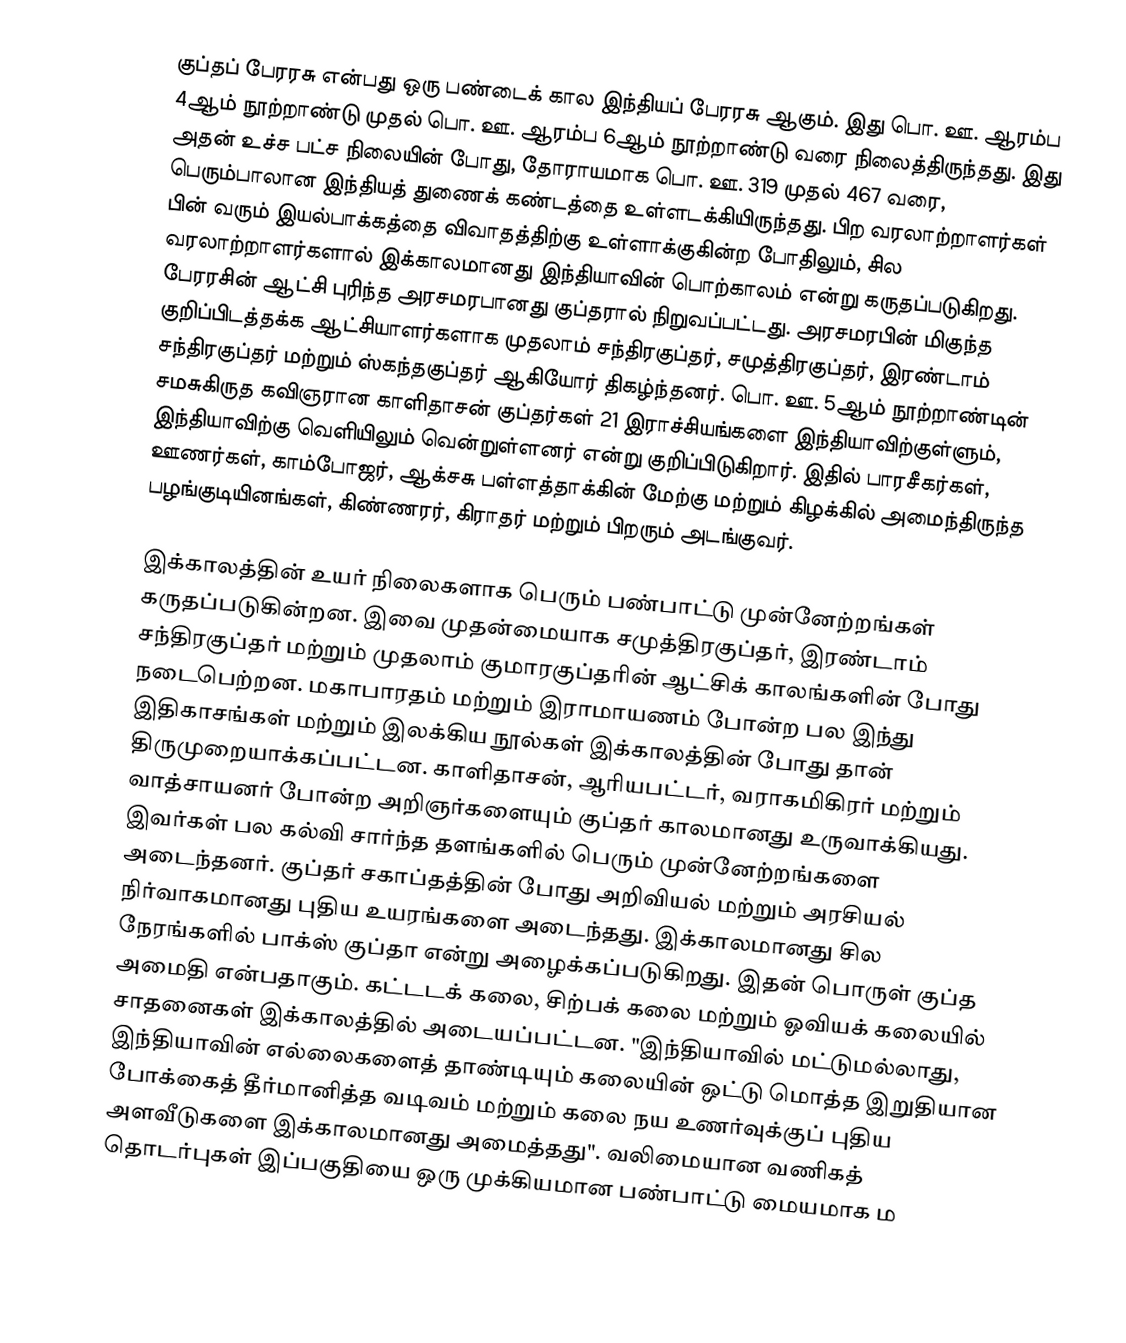
குப்தப் பேரரசு என்பது ஒரு பண்டைக் கால இந்தியப் பேரரசு ஆகும். இது பொ. ஊ. ஆரம்ப 4ஆம் நூற்றாண்டு முதல் பொ. ஊ. ஆரம்ப 6ஆம் நூற்றாண்டு வரை நிலைத்திருந்தது. இது அதன் உச்ச பட்ச நிலையின் போது, தோராயமாக பொ. ஊ. 319 முதல் 467 வரை, பெரும்பாலான இந்தியத் துணைக் கண்டத்தை உள்ளடக்கியிருந்தது. பிற வரலாற்றாளர்கள் பின் வரும் இயல்பாக்கத்தை விவாதத்திற்கு உள்ளாக்குகின்ற போதிலும், சில வரலாற்றாளர்களால் இக்காலமானது இந்தியாவின் பொற்காலம் என்று கருதப்படுகிறது. பேரரசின் ஆட்சி புரிந்த அரசமரபானது குப்தரால் நிறுவப்பட்டது. அரசமரபின் மிகுந்த குறிப்பிடத்தக்க ஆட்சியாளர்களாக முதலாம் சந்திரகுப்தர், சமுத்திரகுப்தர், இரண்டாம் சந்திரகுப்தர் மற்றும் ஸ்கந்தகுப்தர் ஆகியோர் திகழ்ந்தனர். பொ. ஊ. 5ஆம் நூற்றாண்டின் சமசுகிருத கவிஞரான காளிதாசன் குப்தர்கள் 21 இராச்சியங்களை இந்தியாவிற்குள்ளும், இந்தியாவிற்கு வெளியிலும் வென்றுள்ளனர் என்று குறிப்பிடுகிறார். இதில் பாரசீகர்கள், ஊணர்கள், காம்போஜர், ஆக்சசு பள்ளத்தாக்கின் மேற்கு மற்றும் கிழக்கில் அமைந்திருந்த பழங்குடியினங்கள், கிண்ணரர், கிராதர் மற்றும் பிறரும் அடங்குவர்.

இக்காலத்தின் உயர் நிலைகளாக பெரும் பண்பாட்டு முன்னேற்றங்கள் கருதப்படுகின்றன. இவை முதன்மையாக சமுத்திரகுப்தர், இரண்டாம் சந்திரகுப்தர் மற்றும் முதலாம் குமாரகுப்தரின் ஆட்சிக் காலங்களின் போது நடைபெற்றன. மகாபாரதம் மற்றும் இராமாயணம் போன்ற பல இந்து இதிகாசங்கள் மற்றும் இலக்கிய நூல்கள் இக்காலத்தின் போது தான் திருமுறையாக்கப்பட்டன. காளிதாசன், ஆரியபட்டர், வராகமிகிரர் மற்றும் வாத்சாயனர் போன்ற அறிஞர்களையும் குப்தர் காலமானது உருவாக்கியது. இவர்கள் பல கல்வி சார்ந்த தளங்களில் பெரும் முன்னேற்றங்களை அடைந்தனர். குப்தர் சகாப்தத்தின் போது அறிவியல் மற்றும் அரசியல் நிர்வாகமானது புதிய உயரங்களை அடைந்தது. இக்காலமானது சில நேரங்களில் பாக்ஸ் குப்தா என்று அழைக்கப்படுகிறது. இதன் பொருள் குப்த அமைதி என்பதாகும். கட்டடக் கலை, சிற்பக் கலை மற்றும் ஓவியக் கலையில் சாதனைகள் இக்காலத்தில் அடையப்பட்டன. "இந்தியாவில் மட்டுமல்லாது, இந்தியாவின் எல்லைகளைத் தாண்டியும் கலையின் ஒட்டு மொத்த இறுதியான போக்கைத் தீர்மானித்த வடிவம் மற்றும் கலை நய உணர்வுக்குப் புதிய அளவீடுகளை இக்காலமானது அமைத்தது". வலிமையான வணிகத் தொடர்புகள் இப்பகுதியை ஒரு முக்கியமான பண்பாட்டு மையமாக ம